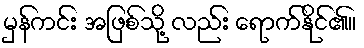
မှန်ကင်း အဖြစ်သို့ လည်း ရောက်နိုင်၏။